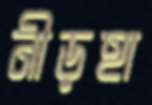
নীড়হা